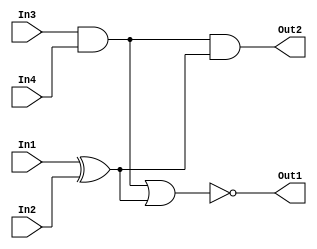
//Willard Wider
//05-18-17
//Lab1
//simple design circuit
module lab1(In1,In2,In3,In4,Out1,Out2);
  //inputs, outputs and wires
  input In1,In2,In3,In4;
  output Out1,Out2;
  wire t,u,v;
  //the logic for the circuit. wires are "outputs", more like checkpoints within the circuit,
  //which eventually get sent to the module's outputs
  assign v = ~(In3&In4);
  assign t = ~v;
  assign u = In1 ^ In2;
  assign Out1 = ~(t|u);
  assign Out2 = t&u;
endmodule

`timescale 1ns/10ps     // THIS DEFINES A UNIT TIME FOR THE TEST BENCH AND ITS PRECISION //

// Testbenchfile
// This testbench file is written by Dr. Julius Marpaung
// Not to be published outside WIT.EDU domain without a written permission/consent from Dr. J Marpaung
// All Rights Reserved

module example1testbench();//the declration of the DUT
//Registers in the testbench are the inputs for the device under test DUT
reg In1,In2,In3,In4;       // DECLARING I/O PORTS AND ALSO INTERNAL WIRES //

//Wires in testbench are the outputs from the DUT
wire Out1,Out2;

//register arrays (busses) will store all possible inputs and outputs for the ciruit. The number of array
//entries is equal to the possible number of combinations from the inputs. Example, this DUT has 4 inputs
//which means that the test registers need to have 2^4 (16) entries, inxedes 0-15
reg test[0:15], inputIn1[0:15], inputIn2[0:15], inputIn3[0:15], inputIn4[0:15], oOut1[0:15], oOut2[0:15];

//test control variables
integer ntests, error, testnumber, myloop;

lab1 dut(.In1(In1), .In2(In2), .In3(In3), .In4(In4), .Out1(Out1), .Out2(Out2));  // DECLARES THE MODULE BEING TESTED ALONG WITH ITS I/O PORTS //

initial begin     //LOADING THE TEST REGISTERS WITH INPUTS AND EXPECTED VALUES//

test[0] = 0;   inputIn1[0] = 0;  inputIn2[0] = 0;  inputIn3[0] = 0;  inputIn4[0] = 0;  oOut1[0] = 1;  oOut2[0] = 0;
test[1] = 1;   inputIn1[1] = 0;  inputIn2[1] = 0;  inputIn3[1] = 0;  inputIn4[1] = 1;  oOut1[1] = 1;  oOut2[1] = 0;
test[2] = 2;   inputIn1[2] = 0;  inputIn2[2] = 0;  inputIn3[2] = 1;  inputIn4[2] = 0;  oOut1[2] = 1;  oOut2[2] = 0;
test[3] = 3;   inputIn1[3] = 0;  inputIn2[3] = 0;  inputIn3[3] = 1;  inputIn4[3] = 1;  oOut1[3] = 0;  oOut2[3] = 0;
test[4] = 4;   inputIn1[4] = 0;  inputIn2[4] = 1;  inputIn3[4] = 0;  inputIn4[4] = 0;  oOut1[4] = 0;  oOut2[4] = 0;
test[5] = 5;   inputIn1[5] = 0;  inputIn2[5] = 1;  inputIn3[5] = 0;  inputIn4[5] = 1;  oOut1[5] = 0;  oOut2[5] = 0;
test[6] = 6;   inputIn1[6] = 0;  inputIn2[6] = 1;  inputIn3[6] = 1;  inputIn4[6] = 0;  oOut1[6] = 0;  oOut2[6] = 0;
test[7] = 7;   inputIn1[7] = 0;  inputIn2[7] = 1;  inputIn3[7] = 1;  inputIn4[7] = 1;  oOut1[7] = 0;  oOut2[7] = 1;
test[8] = 8;   inputIn1[8] = 1;  inputIn2[8] = 0;  inputIn3[8] = 0;  inputIn4[8] = 0;  oOut1[8] = 0;  oOut2[8] = 0;
test[9] = 9;   inputIn1[9] = 1;  inputIn2[9] = 0;  inputIn3[9] = 0;  inputIn4[9] = 1;  oOut1[9] = 0;  oOut2[9] = 0;
test[10] = 10; inputIn1[10] = 1; inputIn2[10] = 0; inputIn3[10] = 1; inputIn4[10] = 0; oOut1[10] = 0; oOut2[10] = 0;
test[11] = 11; inputIn1[11] = 1; inputIn2[11] = 0; inputIn3[11] = 1; inputIn4[11] = 1; oOut1[11] = 0; oOut2[11] = 1;
test[12] = 12; inputIn1[12] = 1; inputIn2[12] = 1; inputIn3[12] = 0; inputIn4[12] = 0; oOut1[12] = 1; oOut2[12] = 0;
test[13] = 13; inputIn1[13] = 1; inputIn2[13] = 1; inputIn3[13] = 0; inputIn4[13] = 1; oOut1[13] = 1; oOut2[13] = 0;
test[14] = 14; inputIn1[14] = 1; inputIn2[14] = 1; inputIn3[14] = 1; inputIn4[14] = 0; oOut1[14] = 1; oOut2[14] = 0;
test[15] = 15; inputIn1[15] = 1; inputIn2[15] = 1; inputIn3[15] = 1; inputIn4[15] = 1; oOut1[15] = 0; oOut2[15] = 0;

//the total number of tests, equal to the test register array count
ntests = 16;
$timeformat(-9,1,"ns",12);
end

initial begin

   error = 0;
   testnumber = 0;
   myloop = 0;

   #25//a delay of 25ns
    $display ("\n \n");
    $display ("Welcome to Testbenchfile \n I am your testbenchfile and I am checking your schematic \n");
    $display ("Current time=%t\n  ", $realtime);

   for (testnumber = 0; testnumber < ntests; testnumber = testnumber + 1) begin

		//after a delay, the test sends specific inputs into the circuit
      #25
       $display ("I am doing test number %d", testnumber);
       $display ("Current time=%t and I am setting In1=%b, In2=%b, In3=%b, In4=%b", $realtime, inputIn1[testnumber], inputIn2[testnumber], inputIn3[testnumber], inputIn4[testnumber]);
       In1 = inputIn1[testnumber]; In2 = inputIn2[testnumber]; In3 = inputIn3[testnumber]; In4 = inputIn4[testnumber];

      #25//delay to allow the above logic to happen and arrive at the outputs...
       $display ("Current time=%t and I am checking your Out1=%b, Out2=%b against my oOut1=%b, oOut2=%b", $realtime, Out1, Out2, oOut1[testnumber], oOut2[testnumber]);
       //tests if the DUT actual outputs equal the expected test outputs
		 if ( Out1 == oOut1[testnumber] && Out2 == oOut2[testnumber])
          begin
             $display ("No error found for this test");
          end
       else
          begin
             error = error + 1;
             $display ("ERROR FOUND!!!");
          end
      $display ("You have %d number of error(s) so far \n", error);

   end
	//inform the student if they have good code or not
   if (error == 0)
          begin
              $display ("GOOD JOB!!! Please submit your Verilog files to Dr. Marpaung. Goodbye \n");
          end
   if (error != 0)
          begin
              $display ("I am sorry but your circuit has issues, please fix it. See you soon \n");
          end
end
endmodule